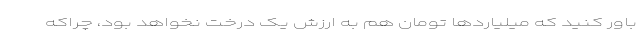
باور کنید که میلیاردها تومان هم به ارزش یک درخت نخواهد بود، چراکه